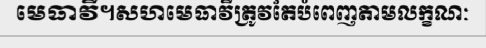
មេធាវី។សហមេធាវីត្រូវតែបំពេញតាមលក្ខណៈ